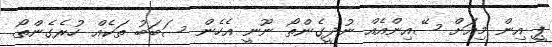
ޕީ އިން މިއަށް ސޭއިންއެއް ނުދީގެންތޯ ނޫނީ އެހެން ސަބަބު ތަކެއް ހުރެގެންތޯ.